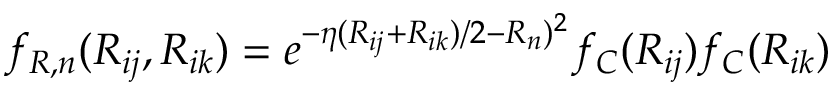
f _ { R , n } ( R _ { i j } , R _ { i k } ) = e ^ { - \eta ( R _ { i j } + R _ { i k } ) / 2 - R _ { n } ) ^ { 2 } } f _ { C } ( R _ { i j } ) f _ { C } ( R _ { i k } )